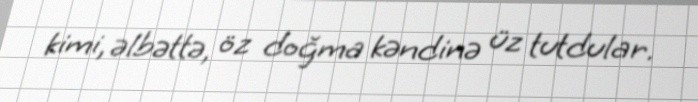
kimi, əlbəttə, öz doğma kəndinə üz tutdular.